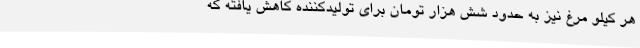
هر کیلو مرغ نیز به حدود شش هزار تومان برای تولیدکننده کاهش یافته که